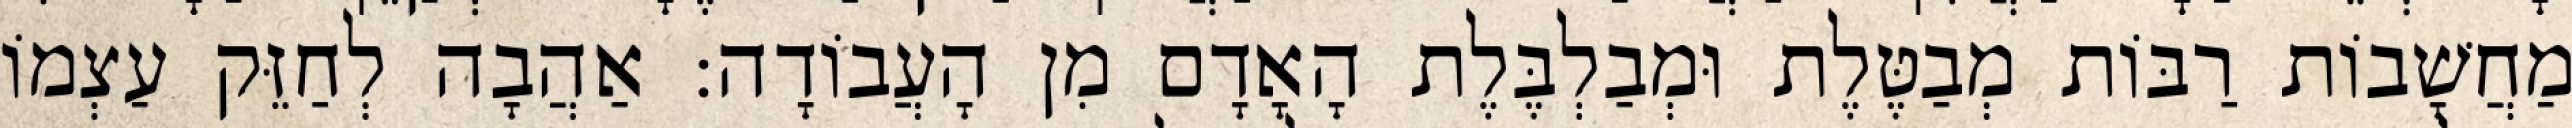
מַחֲשָׁבוֹת רַבּוֹת מְבַטֶּלֶת וּמְבַלְבֶּלֶת הָאָדָם מִן הָעֲבוֹדָה: אַהֲבָה לְחַזֵּק עַצְמוֹ